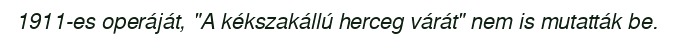
1911-es operáját, "A kékszakállú herceg várát" nem is mutatták be.